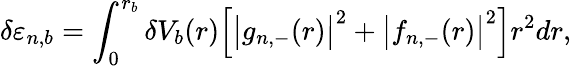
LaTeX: \delta\varepsilon_{n,b}=\int_{0}^{r_{b}}\delta V_{b}(r)\Big[\big|g_{n,-}(r)\big|^{2}+\big|f_{n,-}(r)\big|^{2}\Big]r^{2}dr,